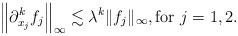
LaTeX: \begin{align*}\left\|\partial_{x_j}^k f_j\right\|_\infty\lesssim \lambda^k\|f_j\|_\infty , \textrm{for $j=1,2$}.\end{align*}